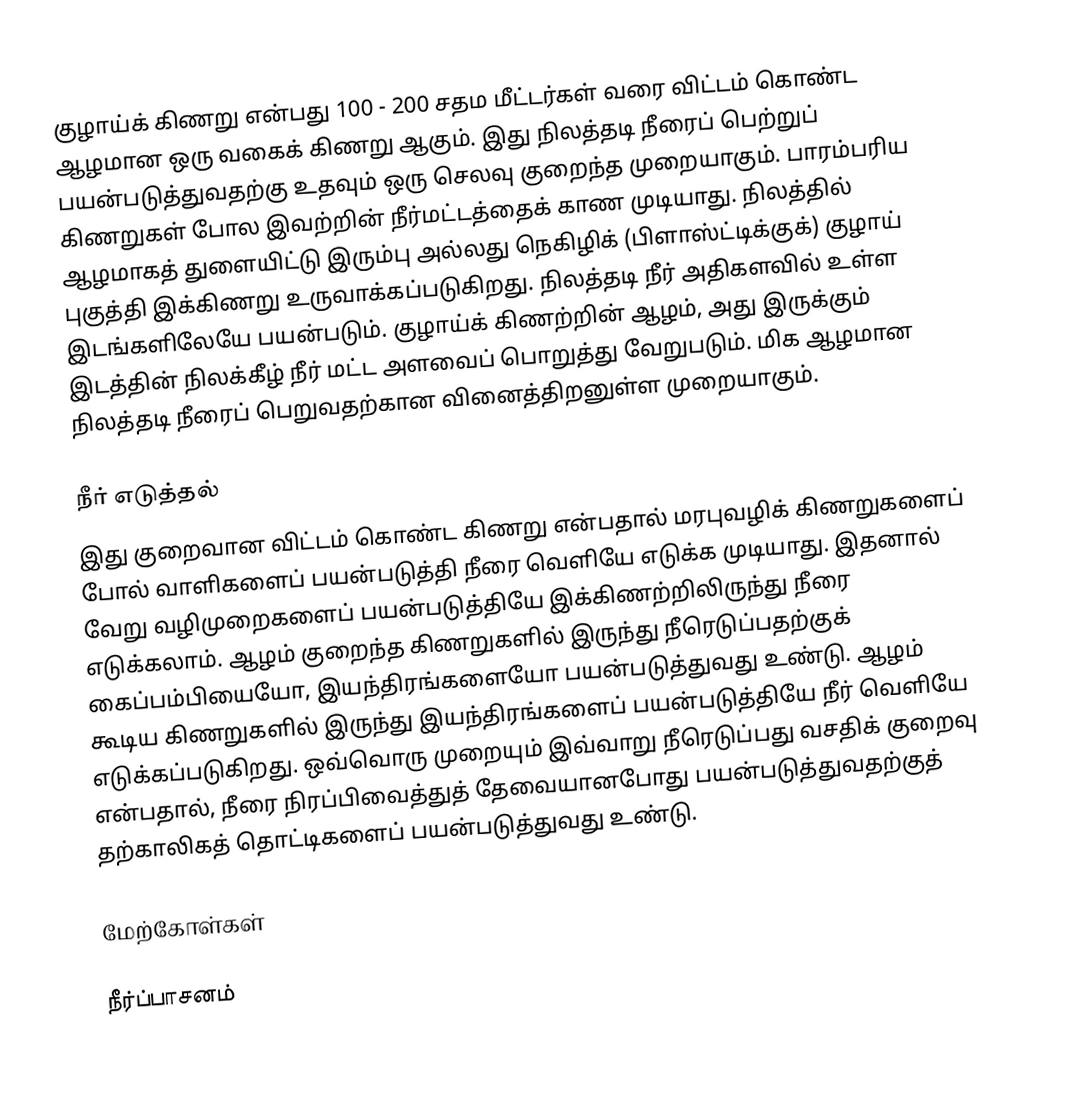
குழாய்க் கிணறு என்பது 100 - 200 சதம மீட்டர்கள் வரை விட்டம் கொண்ட ஆழமான ஒரு வகைக் கிணறு ஆகும். இது நிலத்தடி நீரைப் பெற்றுப் பயன்படுத்துவதற்கு உதவும் ஒரு செலவு குறைந்த முறையாகும். பாரம்பரிய கிணறுகள் போல இவற்றின் நீர்மட்டத்தைக் காண முடியாது. நிலத்தில் ஆழமாகத் துளையிட்டு இரும்பு அல்லது நெகிழிக் (பிளாஸ்ட்டிக்குக்) குழாய் புகுத்தி இக்கிணறு உருவாக்கப்படுகிறது. நிலத்தடி நீர் அதிகளவில் உள்ள இடங்களிலேயே பயன்படும். குழாய்க் கிணற்றின் ஆழம், அது இருக்கும் இடத்தின் நிலக்கீழ் நீர் மட்ட அளவைப் பொறுத்து வேறுபடும். மிக ஆழமான நிலத்தடி நீரைப் பெறுவதற்கான வினைத்திறனுள்ள முறையாகும்.

நீர் எடுத்தல்
இது குறைவான விட்டம் கொண்ட கிணறு என்பதால் மரபுவழிக் கிணறுகளைப் போல் வாளிகளைப் பயன்படுத்தி நீரை வெளியே எடுக்க முடியாது. இதனால் வேறு வழிமுறைகளைப் பயன்படுத்தியே இக்கிணற்றிலிருந்து நீரை எடுக்கலாம். ஆழம் குறைந்த கிணறுகளில் இருந்து நீரெடுப்பதற்குக் கைப்பம்பியையோ, இயந்திரங்களையோ பயன்படுத்துவது உண்டு. ஆழம் கூடிய கிணறுகளில் இருந்து இயந்திரங்களைப் பயன்படுத்தியே நீர் வெளியே எடுக்கப்படுகிறது. ஒவ்வொரு முறையும் இவ்வாறு நீரெடுப்பது வசதிக் குறைவு என்பதால், நீரை நிரப்பிவைத்துத் தேவையானபோது பயன்படுத்துவதற்குத் தற்காலிகத் தொட்டிகளைப் பயன்படுத்துவது உண்டு.

மேற்கோள்கள்

நீர்ப்பாசனம்